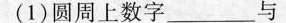
(1)圆周上数字____________________与